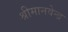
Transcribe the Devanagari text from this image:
श्रीमानवेन्द्र